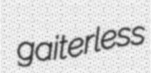
gaiterless